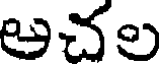
అచల